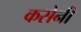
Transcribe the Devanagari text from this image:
कसेनी